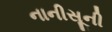
નાનીસૂની